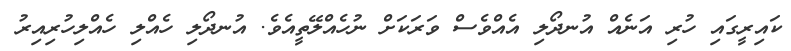
ކައިރީގައި ހުރި އަނެއް އުނދޯލި އެއްވެސް ވަރަކަށް ނުހެއްލޭތީއެވެ. އުނދޯލި ހެއްލި ހެއްލިހުރިއިރު